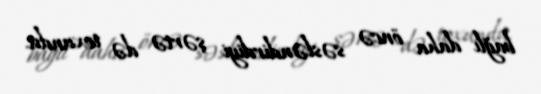
bağlı daha öncə səsləndirdiyi şərtə də toxundu.